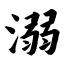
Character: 溺